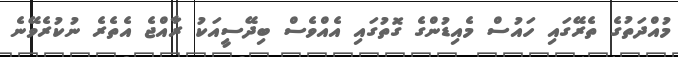
މުއްދަތުގެ ތެރޭގައި ހައުސް މެއިޑުންގެ ގޮތުގައި އެއްވެސް ބިދޭސީއަކު ރާއްޖެ އެތެރެ ނުކުރެވޭނެ